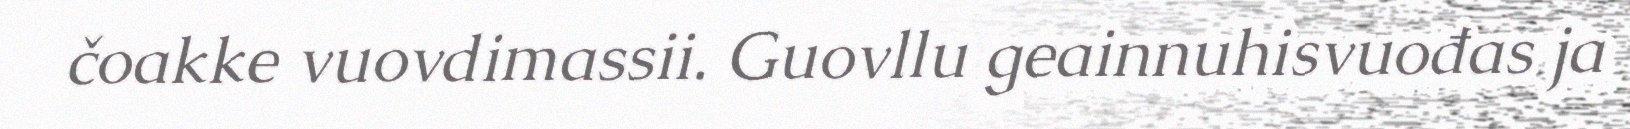
čoakke vuovdimassii. Guovllu geainnuhisvuođas ja